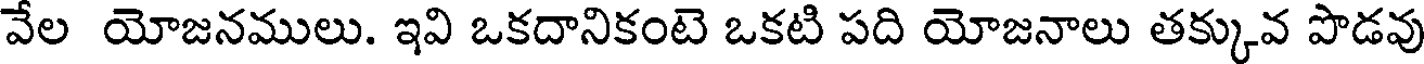
వేల యోజనములు. ఇవి ఒకదానికంటె ఒకటి పది యోజనాలు తక్కువ పొడవు